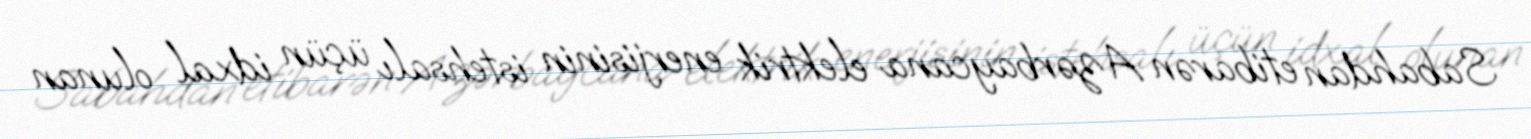
Sabahdan etibarən Azərbaycana elektrik enerjisinin istehsalı üçün idxal olunan